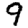
Digit: 9